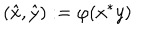
LaTeX: \left( \hat { x } , \hat { y } \right) : = \varphi ( x ^ { * } y )